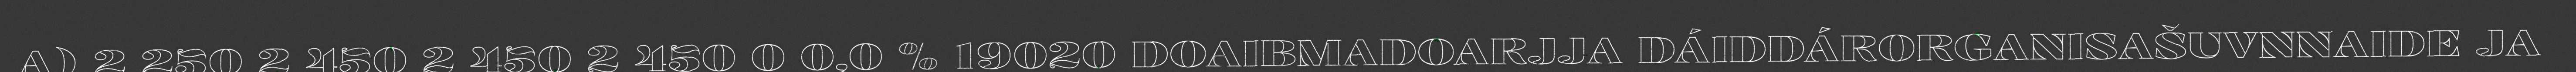
A) 2 250 2 450 2 450 2 450 0 0,0 % 19020 DOAIBMADOARJJA DÁIDDÁRORGANISAŠUVNNAIDE JA